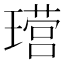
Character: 𮴶